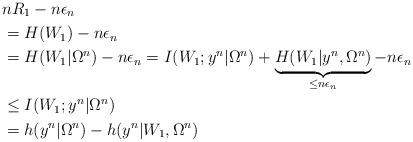
LaTeX: \begin{align*}& nR_1- n \epsilon_n \\& = H(W_1) - n \epsilon_n \\&= H(W_1|\Omega^{n}) - n \epsilon_n = I(W_1;y^{n}|\Omega^{n})+\underbrace{H(W_1|y^{n},\Omega^{n})}_{\leq n \epsilon_n}- n \epsilon_n \\&\leq I(W_1; y^{n}|\Omega^{n}) \\&= h(y^{n}|\Omega^{n}) - h(y^{n}|W_1, \Omega^{n}) \end{align*}